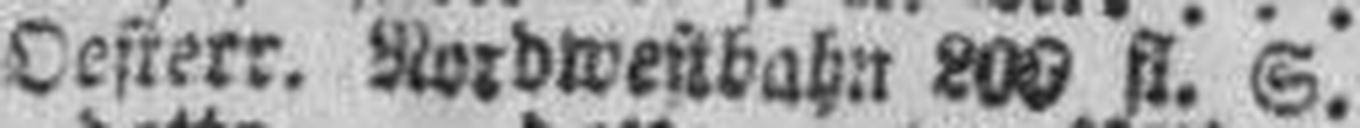
Oesterr. Nordwestbahn 200 fl., S.